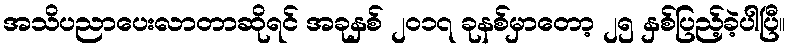
အသိပညာပေးလာတာဆိုရင် အခုနှစ် ၂၀၁၇ ခုနစ်မှာတော့ ၂၅ နှစ်ပြည့်ခဲ့ပါပြီ။